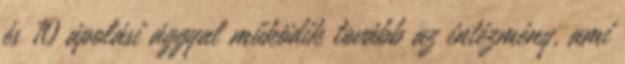
és 10 ápolási ággyal működik tovább az intézmény, ami